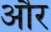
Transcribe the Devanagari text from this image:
औँर